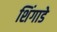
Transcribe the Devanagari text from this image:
शिंगाडे